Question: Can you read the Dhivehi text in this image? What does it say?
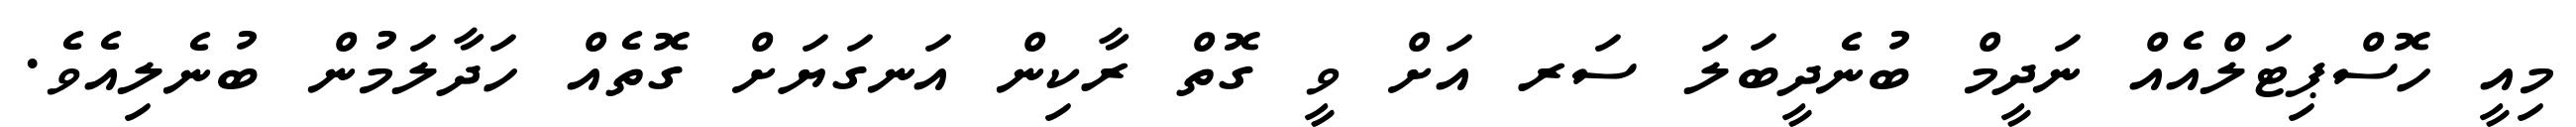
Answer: މިއީ ހޮސްޕިޓަލްއެއް ނަދީމް ބުނެދީބަލަ ސަރ އަށް ވީ ގޮތް ރާކިން އަނގަޔަށް ގޮތެއް ހަދާލަމުން ބުނެލިއެވެ.